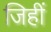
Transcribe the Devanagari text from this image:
जिहीं